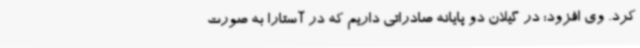
کرد. وی افزود: در گیلان دو پایانه صادراتی داریم که در آستارا به صورت